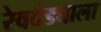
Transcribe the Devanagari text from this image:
रेवदंड्याला